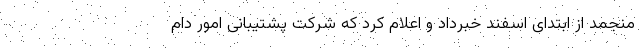
منجمد از ابتدای اسفند خبرداد و اعلام کرد که شرکت پشتیبانی امور دام